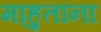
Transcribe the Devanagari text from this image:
माहुतांना